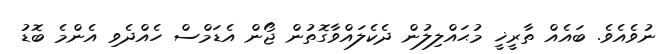
ނުވެއެވެ. ބައެއް ތާރީޚީ މުޙައްލިލުން ދެކެލައްވާގޮތުން ޖޯން އެޑަމްސް ހެއްދެވި އެންމެ ބޮޑު